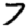
Digit: 7